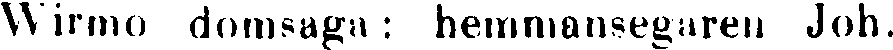
Wirmo domsaga : hemmansegaren Joh.